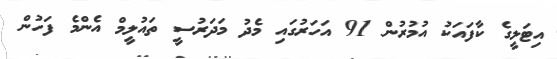
އިޓަލީގެ ކާފައަކު އުމުރުން 91 އަހަރުގައި މެދު މަދަރުސީ ތައުލީމް އެންމެ ފަހުން